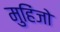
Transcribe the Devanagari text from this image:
मुहिंजो